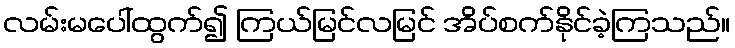
လမ်းမပေါ်ထွက်၍ ကြယ်မြင်လမြင် အိပ်စက်နိုင်ခဲ့ကြသည်။